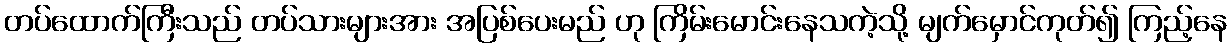
တပ်ထောက်ကြီးသည် တပ်သားများအား အပြစ်ပေးမည် ဟု ကြိမ်းမောင်းနေသကဲ့သို့ မျက်မှောင်ကုတ်၍ ကြည့်နေ